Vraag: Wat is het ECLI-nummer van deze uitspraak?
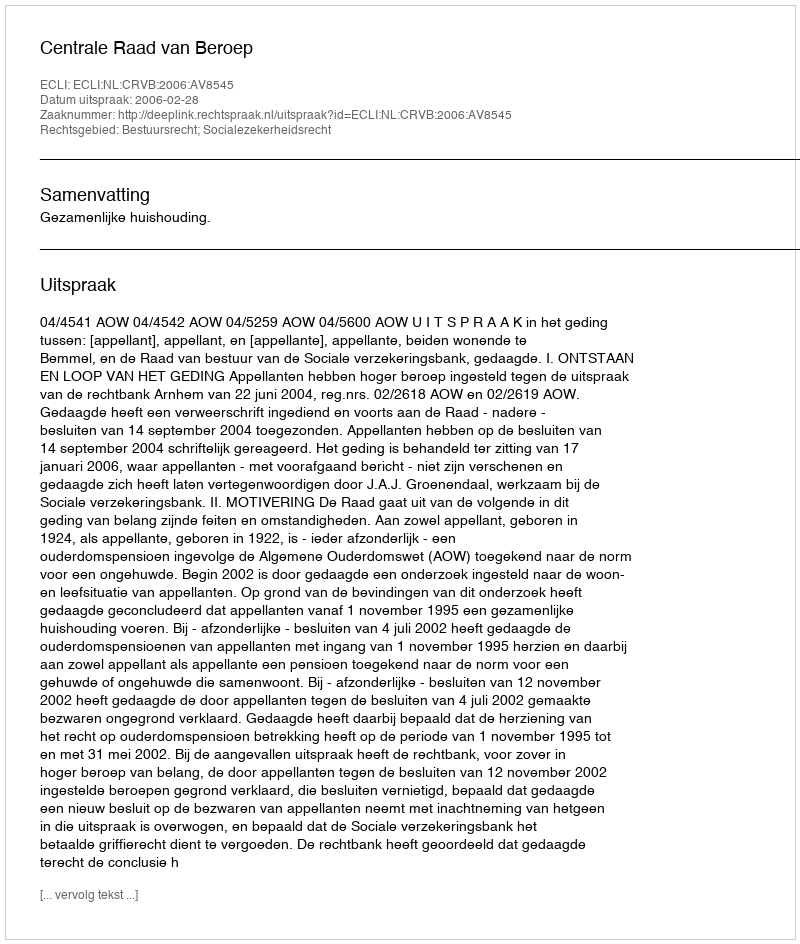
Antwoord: ECLI:NL:CRVB:2006:AV8545